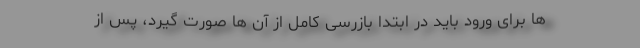
ها برای ورود باید در ابتدا بازرسی کامل از آن ها صورت گیرد، پس از